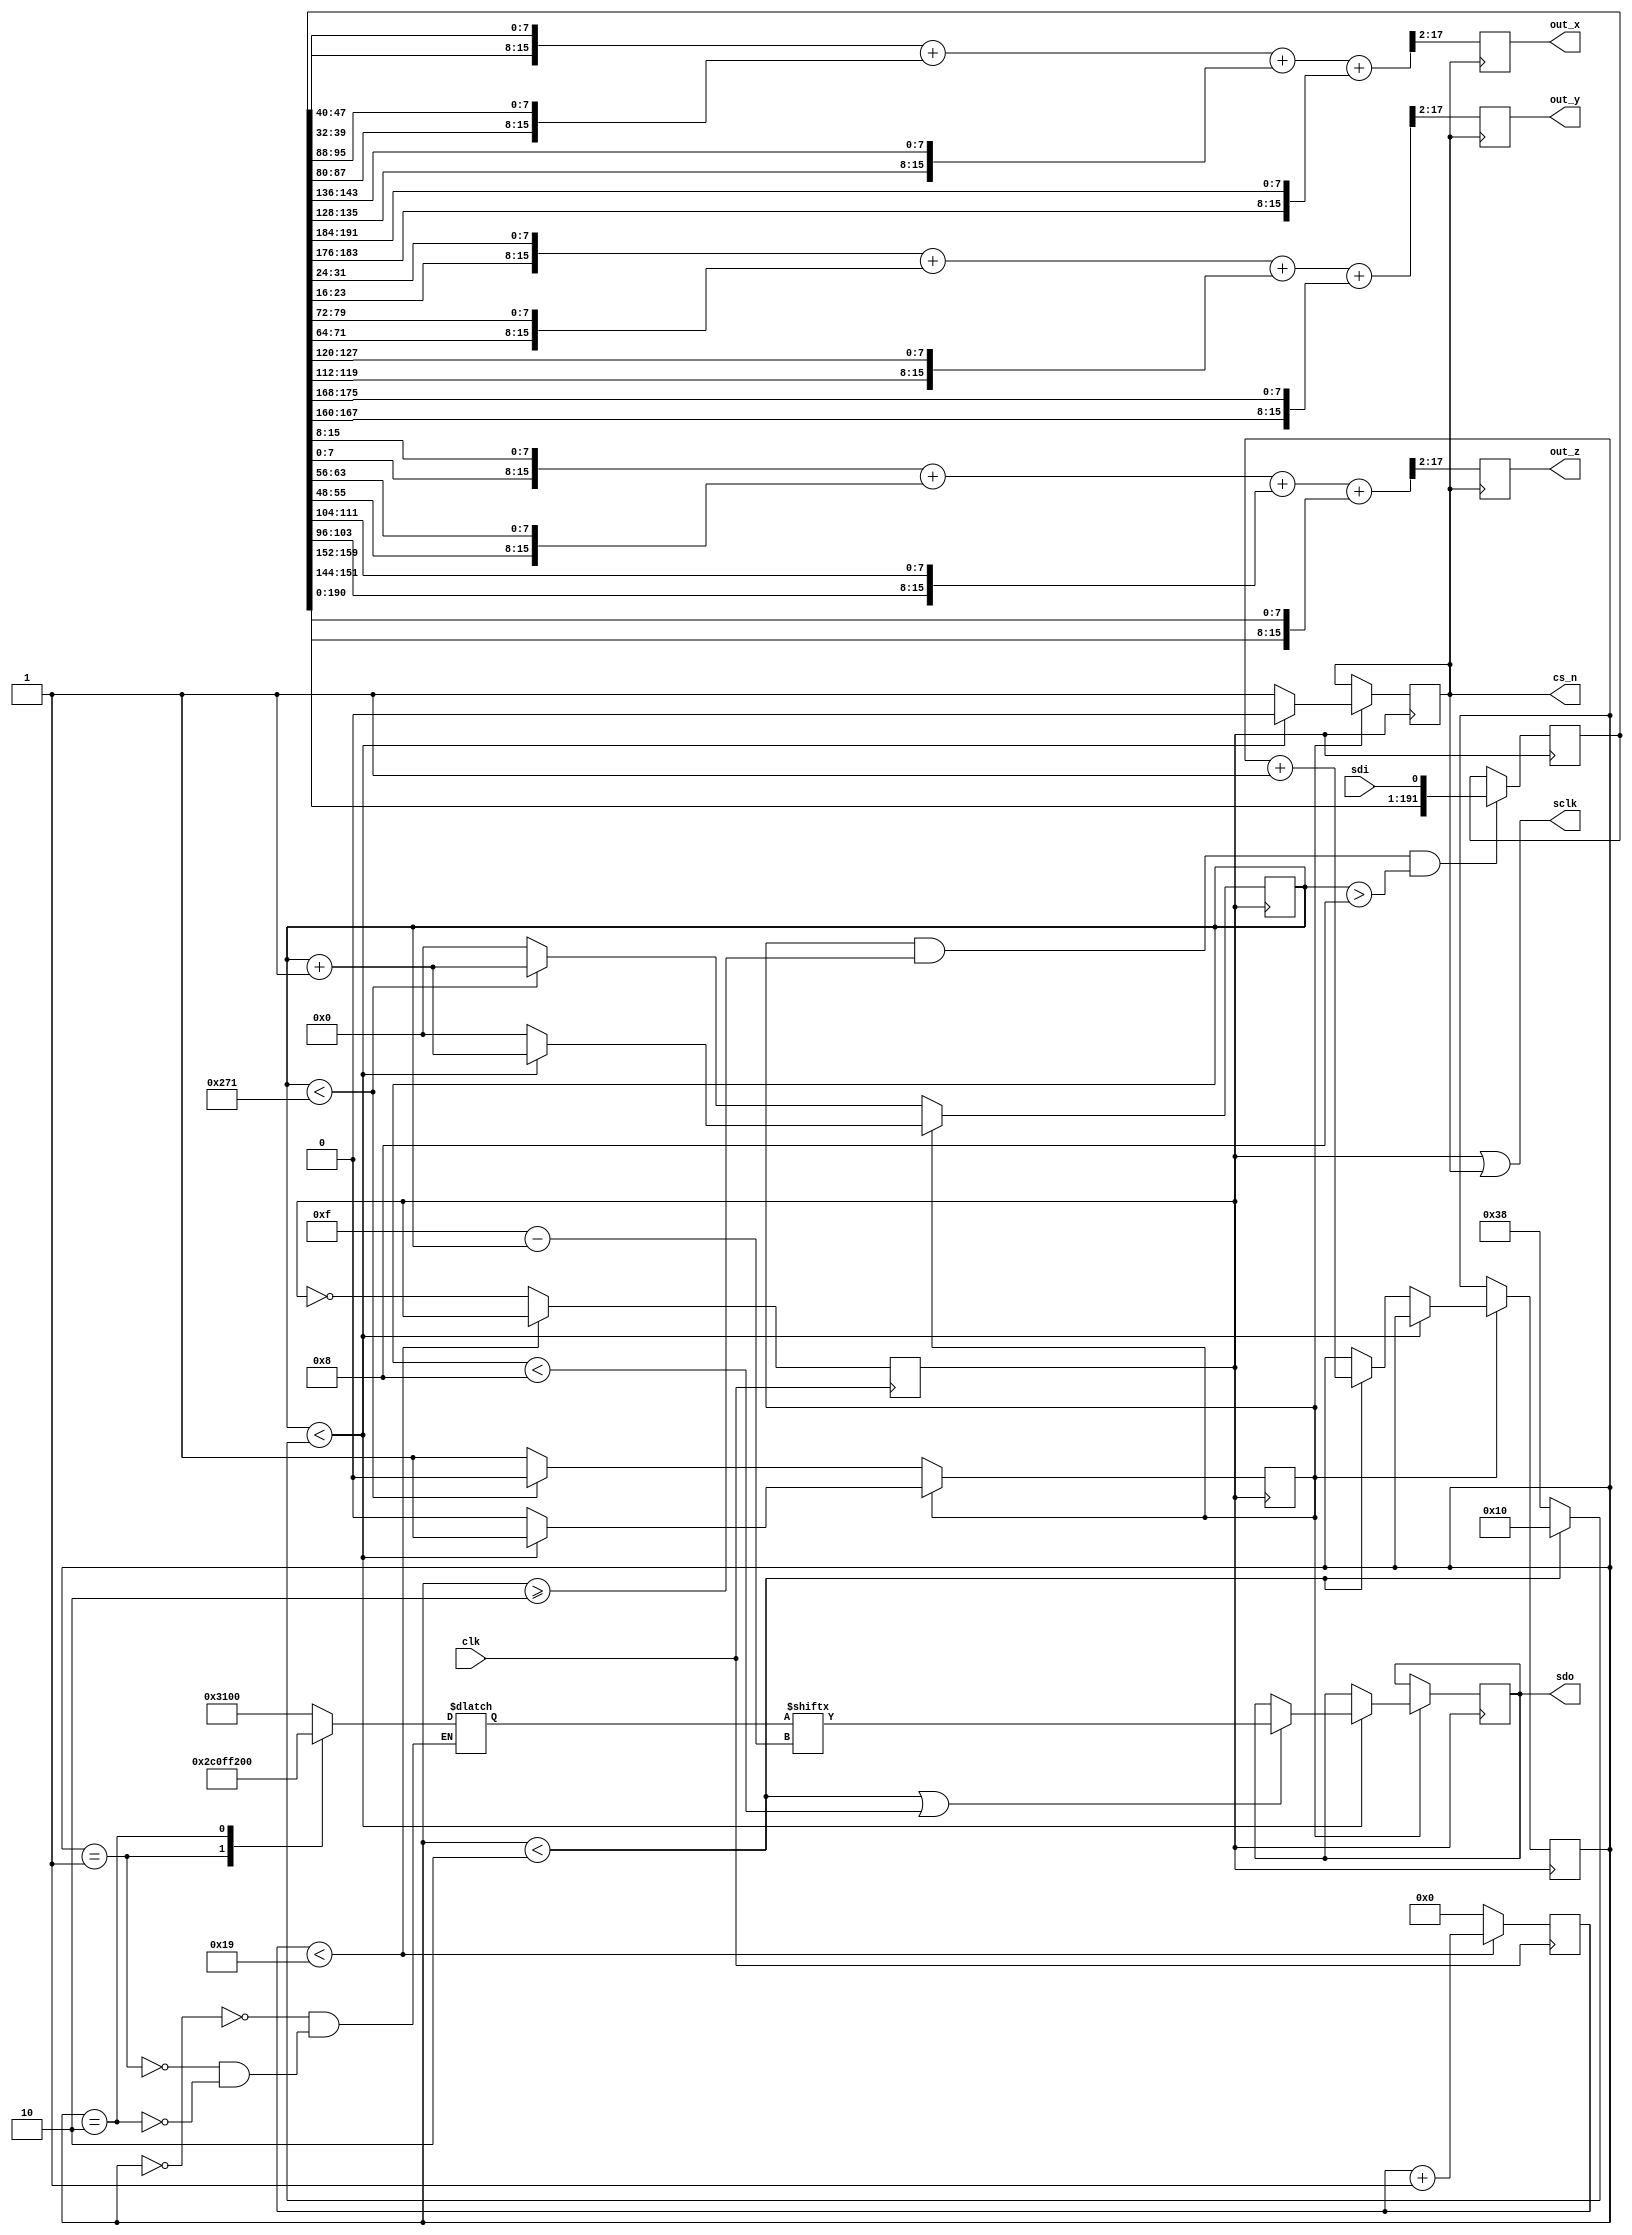
module filter (
	input clk,
	input sdi,
	output sdo,
	output cs_n,
	output sclk,
	output [15:0] out_x,
	output [15:0] out_y,
	output [15:0] out_z
);

parameter FILTER_SHIFT = 2; 								     // Creates 2**FILTER_SHIFT registers
parameter TARG_SCLK = 2_000_000;						        // Target frequency for SCLK
parameter CLK_NUM_FOR_SCLK = 50_000_000 / TARG_SCLK;    // Base clock is 50MHz
parameter SCLK_CYCLES_BETWEEN_READS = TARG_SCLK / 3200; // Number of SCLK cycles before read is performed

reg status;
localparam IDLE = 0;
localparam SENDING = 1;
initial status = IDLE;

reg [$clog2(CLK_NUM_FOR_SCLK)/*-1*/:0]  sclk_timer;
reg sclk_reg;
always @(posedge clk)
	if (sclk_timer < CLK_NUM_FOR_SCLK)
		sclk_timer <= sclk_timer + 1;
	else
	begin
		sclk_timer <= 0;
		sclk_reg <= !sclk_reg;
	end	
assign sclk = sclk_reg || cs_n;

reg cs_n_reg;
assign cs_n = cs_n_reg;
initial cs_n_reg = 1;

reg [(($clog2(SCLK_CYCLES_BETWEEN_READS) > 4)	 // Need at least 16 states
		? $clog2(SCLK_CYCLES_BETWEEN_READS)
		: 5)/*-1*/ : 0] sclk_count;

reg [15:0] write_val;
reg [2:0] initial_instr;
localparam INITIAL_INSTR_COUNT = 2;
initial initial_instr = 0;
initial write_val = 16'b00_110001_00000000;
always @(*)
	case (initial_instr)
	0:	write_val <= 16'b00_110001_00000000; // Standard 4 lane SPI operation
	1: write_val <= 16'b00_101100_00001111; // 3200 Hz mode
	2: write_val <= 16'b11_110010_00000000; // Read
	endcase

	
localparam BUFFER_SIZE = (16 + 16 + 16) * (2**FILTER_SHIFT);
reg [BUFFER_SIZE-1:0] buffer;

reg sdo_reg;
assign sdo = sdo_reg;

always @(negedge sclk_reg)
begin
	if (status == IDLE)
		if (sclk_count < SCLK_CYCLES_BETWEEN_READS)
			sclk_count <= sclk_count + 1;
		else
		begin
			sclk_count <= 0;
			status <= SENDING;
		end
	else
		if (sclk_count < (initial_instr < INITIAL_INSTR_COUNT ? 16 : 8 + 16 + 16 + 16))
		begin
			cs_n_reg <= 0;
			if ((initial_instr < INITIAL_INSTR_COUNT) || (sclk_count < 8)) sdo_reg <= write_val[15-sclk_count];
			sclk_count <= sclk_count + 1;
		end
		else
		begin
			sclk_count <= 0;
			cs_n_reg <= 1;
			status <= IDLE;
			if (initial_instr < INITIAL_INSTR_COUNT) initial_instr <= initial_instr + 1;
		end
end

wire [15:0] val_x_0 = {buffer[(0*48)+39:(0*48)+32], buffer[(0*48)+47:(0*48)+40]};
wire [15:0] val_y_0 = {buffer[(0*48)+23:(0*48)+16], buffer[(0*48)+31:(0*48)+24]};
wire [15:0] val_z_0 = {buffer[(0*48)+ 7:(0*48)+ 0], buffer[(0*48)+15:(0*48)+ 8]};
wire [15:0] val_x_1 = {buffer[(1*48)+39:(1*48)+32], buffer[(1*48)+47:(1*48)+40]};
wire [15:0] val_y_1 = {buffer[(1*48)+23:(1*48)+16], buffer[(1*48)+31:(1*48)+24]};
wire [15:0] val_z_1 = {buffer[(1*48)+ 7:(1*48)+ 0], buffer[(1*48)+15:(1*48)+ 8]};
wire [15:0] val_x_2 = {buffer[(2*48)+39:(2*48)+32], buffer[(2*48)+47:(2*48)+40]};
wire [15:0] val_y_2 = {buffer[(2*48)+23:(2*48)+16], buffer[(2*48)+31:(2*48)+24]};
wire [15:0] val_z_2 = {buffer[(2*48)+ 7:(2*48)+ 0], buffer[(2*48)+15:(2*48)+ 8]};
wire [15:0] val_x_3 = {buffer[(3*48)+39:(3*48)+32], buffer[(3*48)+47:(3*48)+40]};
wire [15:0] val_y_3 = {buffer[(3*48)+23:(3*48)+16], buffer[(3*48)+31:(3*48)+24]};
wire [15:0] val_z_3 = {buffer[(3*48)+ 7:(3*48)+ 0], buffer[(3*48)+15:(3*48)+ 8]};

wire [15+FILTER_SHIFT:0] val_x_sum = val_x_0 + val_x_1 + val_x_2 + val_x_3;
wire [15+FILTER_SHIFT:0] val_y_sum = val_y_0 + val_y_1 + val_y_2 + val_y_3;
wire [15+FILTER_SHIFT:0] val_z_sum = val_z_0 + val_z_1 + val_z_2 + val_z_3;

reg [15:0] out_x_reg;
reg [15:0] out_y_reg;
reg [15:0] out_z_reg;


assign out_x = out_x_reg;
assign out_y = out_y_reg;
assign out_z = out_z_reg;

always @(posedge cs_n)
begin
	out_x_reg <= val_x_sum >> FILTER_SHIFT;
	out_y_reg <= val_y_sum >> FILTER_SHIFT;
	out_z_reg <= val_z_sum >> FILTER_SHIFT;
end

always @(posedge sclk_reg)
begin
	if ((status == SENDING) && (initial_instr >= INITIAL_INSTR_COUNT) && (sclk_count > 8))
		buffer <= {buffer[BUFFER_SIZE - 2:0], sdi};
end

endmodule